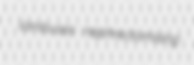
iambuses nephrectomising